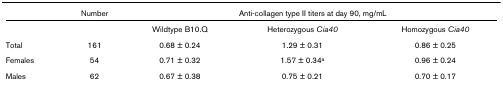
<table><thead><tr><td></td><td><b>Number</b></td><td colspan="3"><b>Anti-collagen type II titers at day 90, mg/mL</b></td></tr></thead><tbody><tr><td></td><td></td><td>Wildtype B10.Q</td><td>Heterozygous <i>Cia40</i></td><td>Homozygous <i>Cia40</i></td></tr><tr><td>Total</td><td>161</td><td>0.68 ± 0.24</td><td>1.29 ± 0.31</td><td>0.86 ± 0.25</td></tr><tr><td>Females</td><td>54</td><td>0.71 ± 0.32</td><td>1.57 ± 0.34<sup>a</sup></td><td>0.96 ± 0.24</td></tr><tr><td>Males</td><td>62</td><td>0.67 ± 0.38</td><td>0.75 ± 0.21</td><td>0.70 ± 0.17</td></tr></tbody></table>